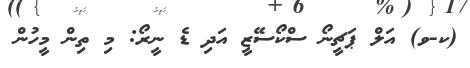
(ކ-ވ) އަލް ޕަޗީނޯ ސްކޯސޭޒީ އަދި ޑެ ނީރޯ: މި ތިން މީހުން